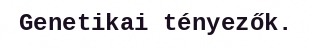
Genetikai tényezők.